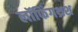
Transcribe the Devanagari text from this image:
लॉफिंगथ्रश